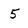
Character: 5